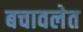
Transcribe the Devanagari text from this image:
बचावलेत